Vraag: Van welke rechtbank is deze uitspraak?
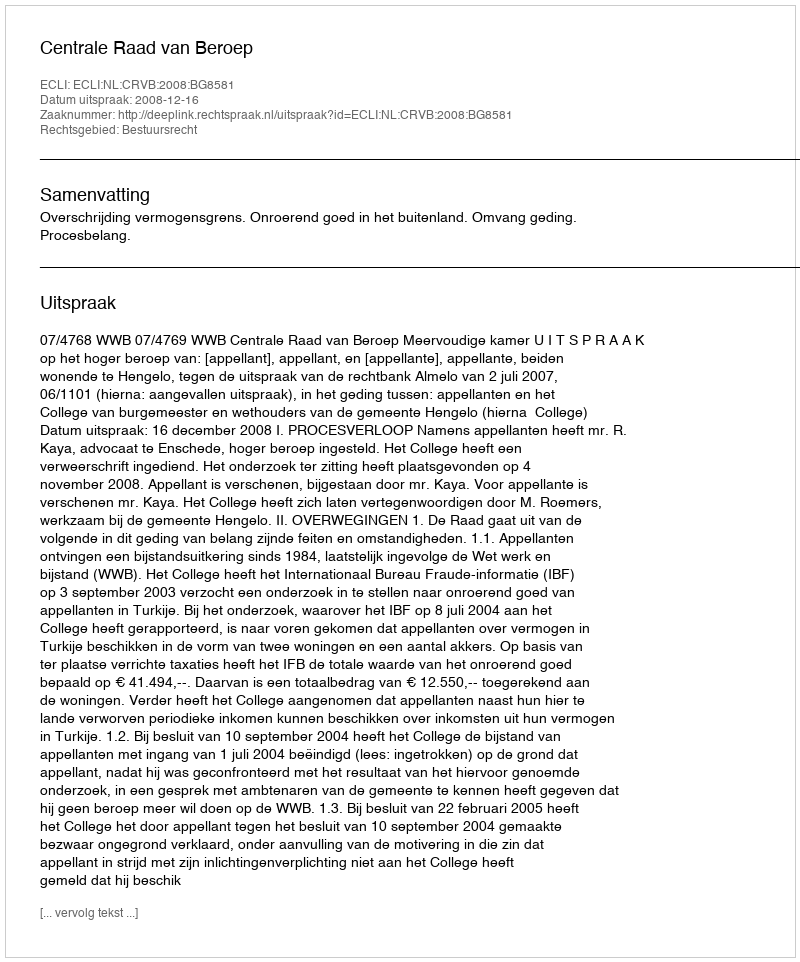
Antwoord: Centrale Raad van Beroep